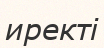
иректі